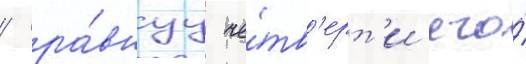
/ ра́внуу че́тв'ерт'и его́